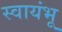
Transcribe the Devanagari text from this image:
स्वायंभू